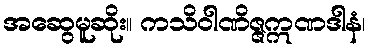
အဆွေမူဆိုး။ ကသိဝါဏိဇ္ဇဣဏဒါနံ၊